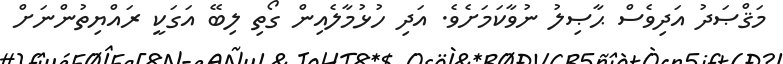
މަޤްޞަދު އަދިވެސް ޙާޞިލު ނުވާކަމަށެވެ. އަދި ހުޅުމާލެއިން ގޯތި ލިބޭ އަގަކީ ރައްޔިތުންނަށް